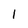
Character: l